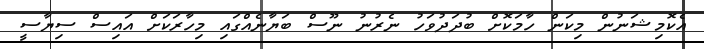
އެކޮމިޝަނުން މިކަން ހާމަކޮށް ބުދަދުވަހު ނެރުނު ނޫސް ބަޔާނެއްގައި މިހާރަކަށް އައިސް ސިޔާސީ